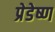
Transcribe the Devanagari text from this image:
प्रेडेष्ण